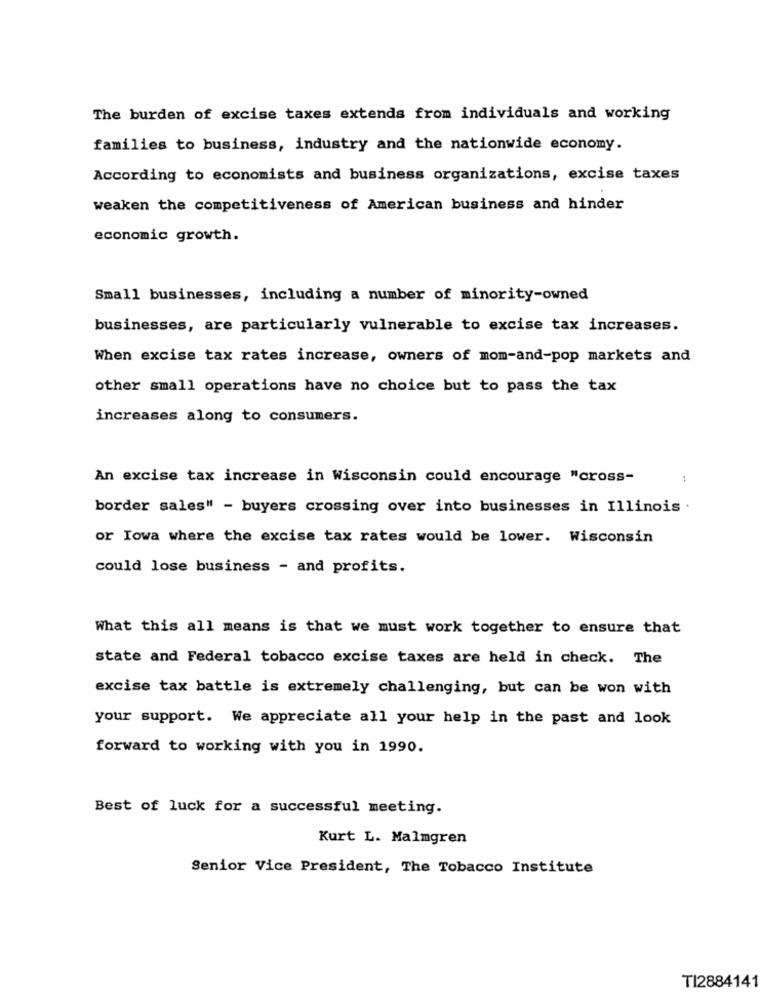
The burden of excise taxes extends from individuals and working
families to business, industry and the nationwide economy.
According to economists and business organizations, excise taxes
weaken the competitiveness of American business and hinder
economic growth.
Small businesses, including a number of minority-owned
businesses, are particularly vulnerable to excise tax increases.
When excise tax rates increase, owners of mom-and-pop markets and
other small operations have no choice but to pass the tax
increases along to consumers.
An excise tax increase in Wisconsin could encourage "cross-
border sales" - buyers crossing over into businesses in Illinois .
or Iowa where the excise tax rates would be lower. Wisconsin
could lose business - and profits.
What this all means is that we must work together to ensure that
state and Federal tobacco excise taxes are held in check. The
excise tax battle is extremely challenging, but can be won with
your support. We appreciate all your help in the past and look
forward to working with you in 1990.
Best of luck for a successful meeting.
Kurt L. Malmgren
Senior Vice President, The Tobacco Institute
TI2884141